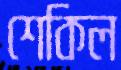
শেকিল